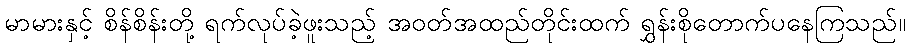
မာမားနှင့် စိန်စိန်းတို့ ရက်လုပ်ခဲ့ဖူးသည့် အဝတ်အထည်တိုင်းထက် ရွှန်းစိုတောက်ပနေကြသည်။